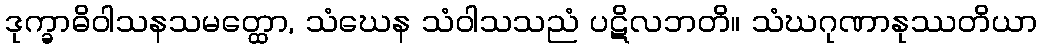
ဒုက္ခာဓိဝါသနသမတ္ထော, သံဃေန သံဝါသသညံ ပဋိလဘတိ။ သံဃဂုဏာနုဿတိယာ